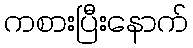
ကစားပြီးနောက်